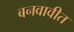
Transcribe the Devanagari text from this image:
बनवावीत